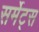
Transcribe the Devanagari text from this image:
सर्मेट्स